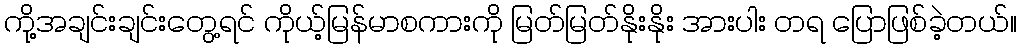
ကို့အချင်းချင်းတွေ့ရင် ကိုယ့်မြန်မာစကားကို မြတ်မြတ်နိုးနိုး အားပါး တရ ပြောဖြစ်ခဲ့တယ်။